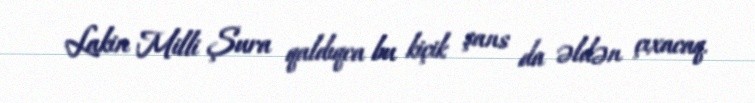
Lakin Milli Şura qaldıqca bu kiçik şans da əldən çıxacaq.